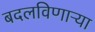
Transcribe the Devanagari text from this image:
बदलविणाऱ्या